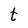
Character: t